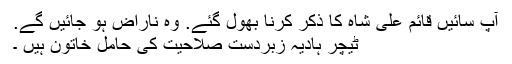
آپ سائیں قائم علی شاہ کا ذکر کرنا بھول گئے. وہ ناراض ہو جائیں گے.
ٹیچر ہادیہ زبردست صلاحیت کی حامل خاتون ہیں ۔